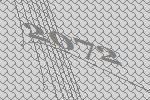
2072